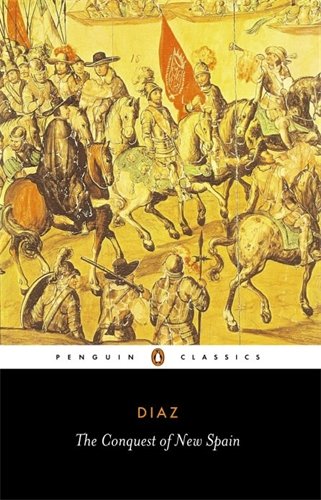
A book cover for The Conquest of New Spain (Penguin Classics); Bernal Diaz Del Castillo; History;